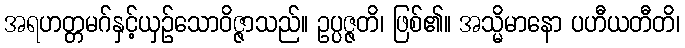
အရဟတ္တမဂ်နှင့်ယှဉ်သောဝိဇ္ဇာသည်။ ဥပ္ပဇ္ဇတိ၊ ဖြစ်၏။ အသ္မိမာနော ပဟီယတီတိ၊